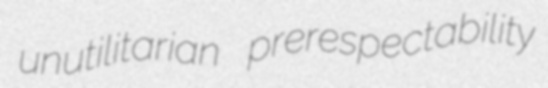
unutilitarian prerespectability